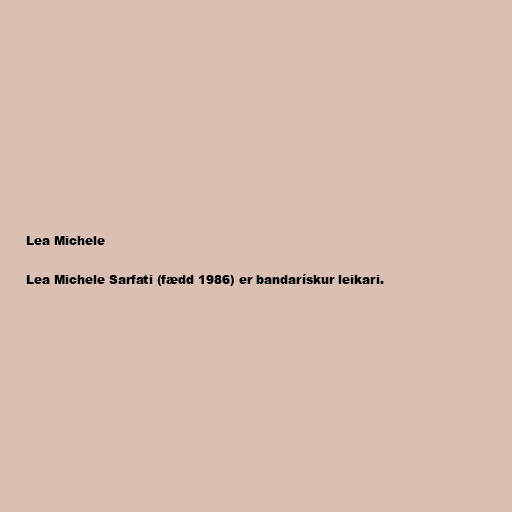
Lea Michele

Lea Michele Sarfati (fædd 1986) er bandarískur leikari.